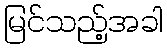
မြင်သည့်အခါ